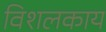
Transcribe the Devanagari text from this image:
विशलकाय